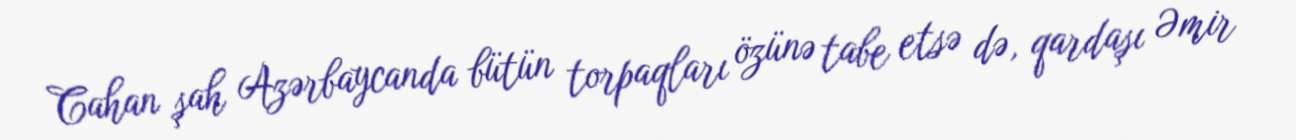
Cahan şah Azərbaycanda bütün torpaqları özünə tabe etsə də, qardaşı Əmir